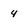
Character: 4